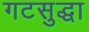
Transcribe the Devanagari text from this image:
गटसुद्धा